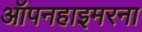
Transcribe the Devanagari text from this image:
ऑपनहाइमरना